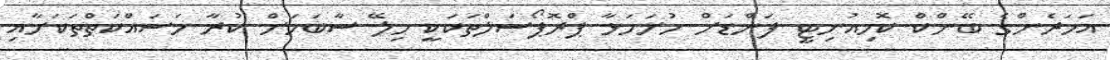
އަހަރެންގެ ބޭންކް ކޮމިއުނިޓީ ފަންޑަށް ހުށަހަޅާ ޕްރޮޕޯސަލްތަކަކީ ހިލޭ ސާބަހަށް ކުރާ މަސައްކަތްތަކަށާއި